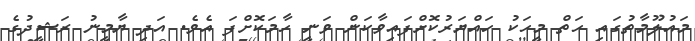
މައުލޫމާތުގައި ހަތް މީހަކު ހައްޔަރުކޮށްފައިވާކަން ވަނީ ހާމަކޮށްފަ އެވެ. އަދި ޔާމީނު ރަޝީދުގެ